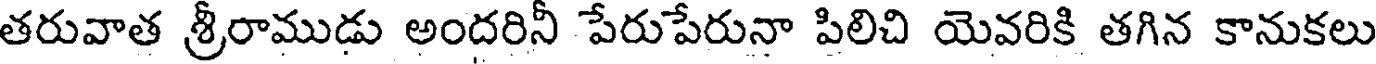
తరువాత శ్రీరాముడు అందరినీ పేరుపేరునా పిలిచి యెవరికి తగిన కానుకలు